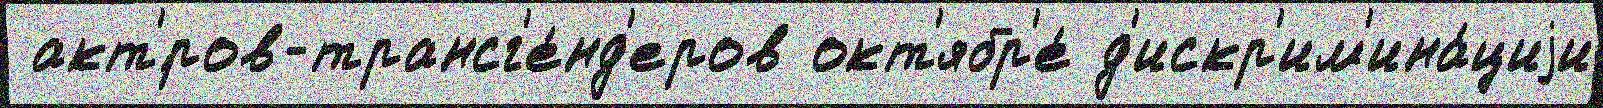
 акт'́ров-трансг'е́нд'еров окт'ябр'е́ д'искр'им'ина́циjи